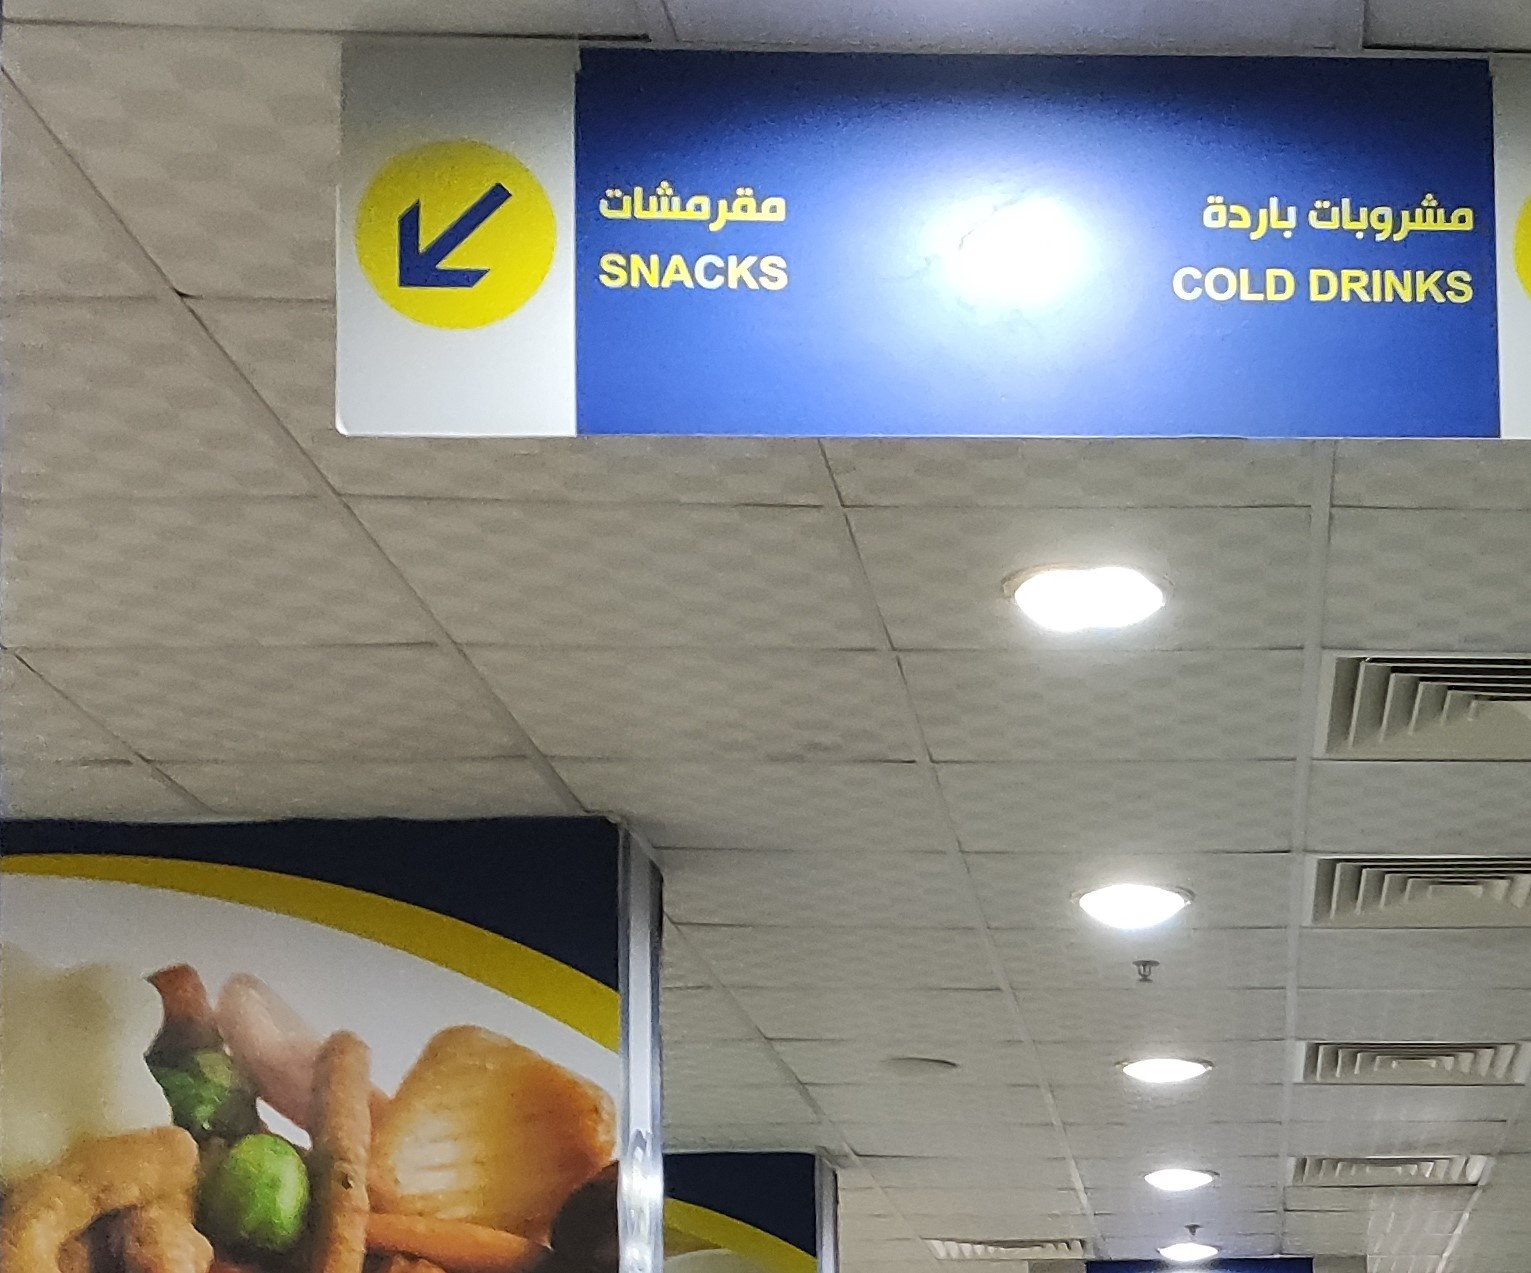
Text in image: مقرمشات باردة مشروبات SNACKS COLD DRINKS